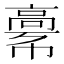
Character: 𩫎